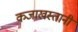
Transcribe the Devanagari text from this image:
कजाखस्तानी